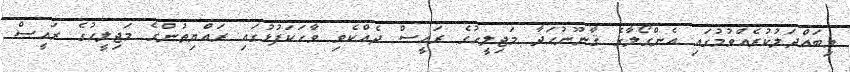
މިބައްދަލުކުރެއްވުމުގައި އެންގޯލާގެ ޤާނޫނުހަދާ މަޖިލީހުގެ ރައީސް ދެއްކެވި ވާހަކަފުޅުގައި ރައްޔިތުންގެ މަޖިލީހުގެ ރައީސް